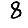
Digit: 8